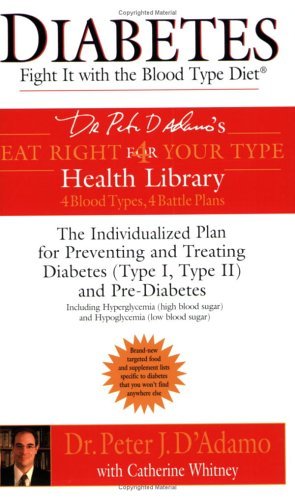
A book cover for By Dr. Peter J. D'Adamo Diabetes: Fight It with the Blood Type Diet (Eat Right for Your Type Health Library); Health, Fitness & Dieting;